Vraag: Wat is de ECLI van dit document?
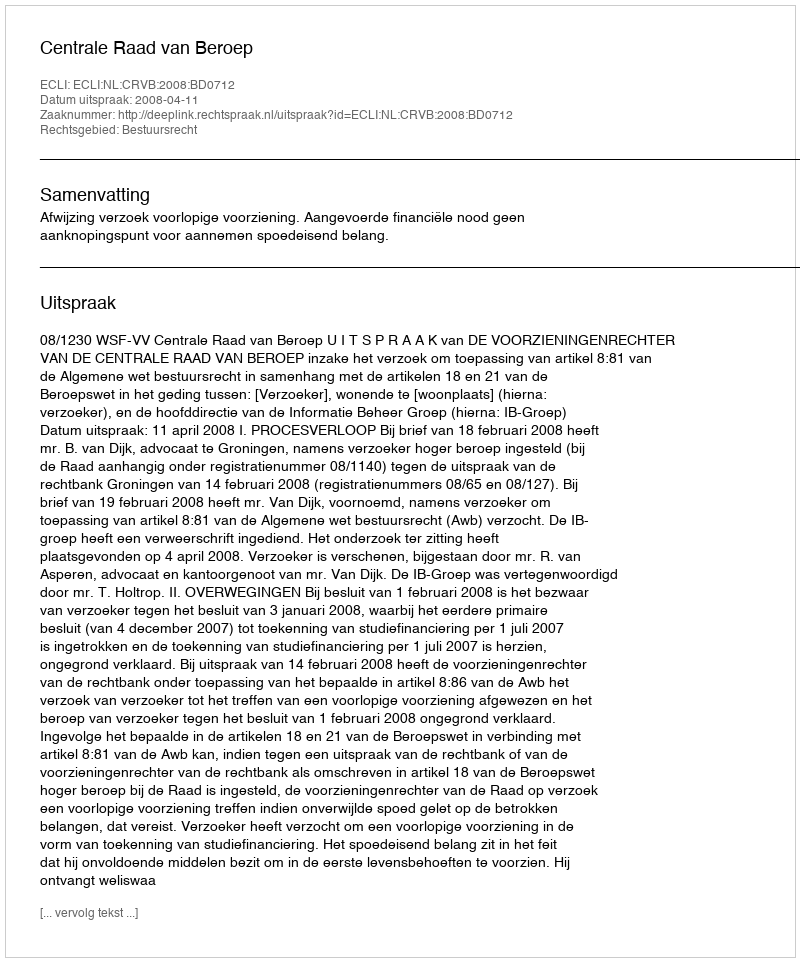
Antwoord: ECLI:NL:CRVB:2008:BD0712